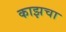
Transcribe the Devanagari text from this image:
काझचा